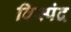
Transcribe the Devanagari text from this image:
विस्पंद